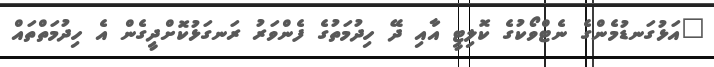
"އަޅުގަނޑުމެންގެ ނެޓްވޯކުގެ ކޮލިޓީ އާއި ދޭ ހިދުމަތުގެ ފެންވަރު ރަނގަޅުކޮށްދީގެން އެ ހިދުމަތްތައް